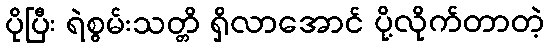
ပိုပြီး ရဲစွမ်းသတ္တိ ရှိလာအောင် ပို့လိုက်တာတဲ့